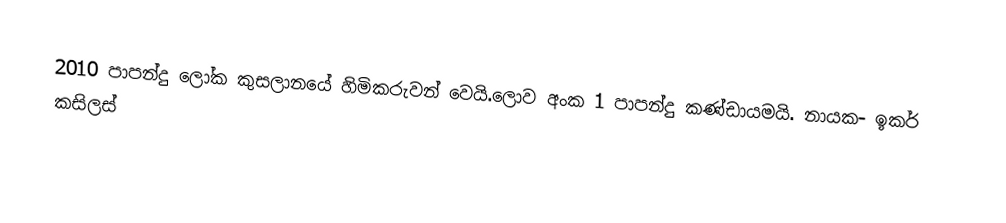
2010 පාපන්දු ලෝක කුසලානයේ හිමිකරුවන් වෙයි.ලොව අංක 1 පාපන්දු කණ්ඩායමයි. නායක- ඉකර් කසිලස්